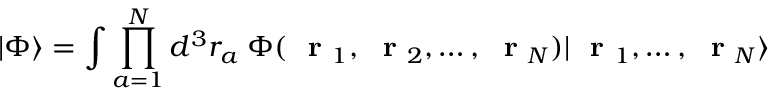
| \Phi \rangle = \int \prod _ { a = 1 } ^ { N } d ^ { 3 } r _ { a } \; \Phi ( \mathrm { ~ \bf ~ r ~ } _ { 1 } , \mathrm { ~ \bf ~ r ~ } _ { 2 } , \dots , \mathrm { ~ \bf ~ r ~ } _ { N } ) | \mathrm { ~ \bf ~ r ~ } _ { 1 } , \dots , \mathrm { ~ \bf ~ r ~ } _ { N } \rangle